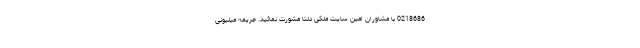
0218686 با مشاوران امین سایت ملکی دلتا مشورت نمائید. جریمه میلیونی